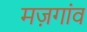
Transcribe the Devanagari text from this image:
मज़गांव